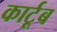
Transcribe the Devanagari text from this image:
कार्टूब